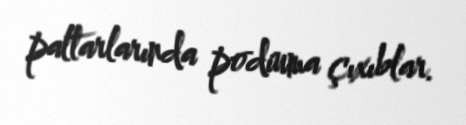
paltarlarında podiuma çıxıblar.